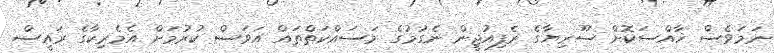
ނަމަވެސް ޚާއްސަކޮށް ސޫރިޔާގެ ރެފިއުޖީން ނެގުމުގެ މަސައްކަތްތައް އަވަސް ކުރުމަށް އެމެރިކާގެ ރައީސް